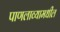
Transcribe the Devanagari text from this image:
पाणलाव्यामधील